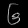
Digit: ၆